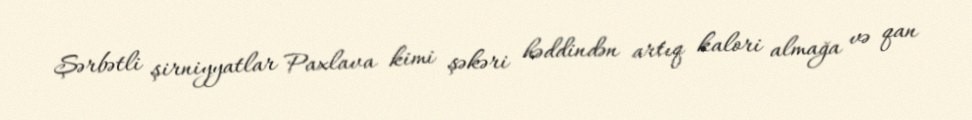
Şərbətli şirniyyatlar Paxlava kimi şəkəri həddindən artıq kalori almağa və qan